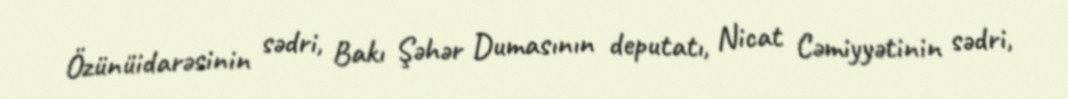
Özünüidarəsinin sədri, Bakı Şəhər Dumasının deputatı, Nicat Cəmiyyətinin sədri,